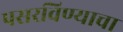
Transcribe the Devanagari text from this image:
पसरविण्याचा